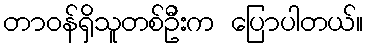
တာဝန်ရှိသူတစ်ဦးက ပြောပါတယ်။